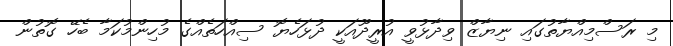
މި ރަސްމިއްޔާތުގައި ނިޔާޒް ވިދާޅުވީ އުރީދޫއަކީ ދުޅަހެޔޮ ސިއްހަތެއްގެ މުހިންމުކަމާ ބެހޭ ގޮތުން